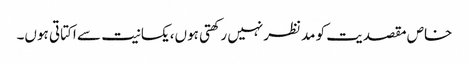
خاص مقصدیت کو مدنظرنہیں رکھتی ہوں،یکسانیت سے اکتاتی ہوں۔